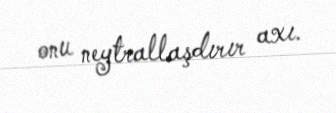
onu neytrallaşdırır axı.